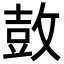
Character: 𮮦